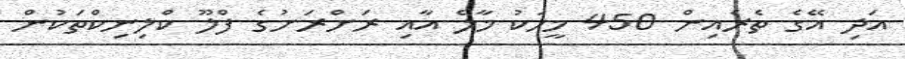
އަދި އޭގެ ތެރެއިން 450 މީހަކު މާލެ އާއި ރަށްރަށުގެ ފްލޫ ކްލިނިކްތަކުން